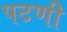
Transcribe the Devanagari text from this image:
पटणी